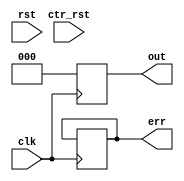
/* $Author: karu $ */
/* $LastChangedDate: 2009-03-04 23:09:45 -0600 (Wed, 04 Mar 2009) $ */
/* $Rev: 45 $ */

module sc( clk, rst, ctr_rst, out, err);

   input clk;
   input rst;
   input ctr_rst;
   output [2:0] out;
   output err;

   // your code
   
   reg [2:0] out;
   reg err;
    
    assign ctr_rst = 1'b1;
    
    always @(posedge clk)
    begin
        case(ctr_rst)
            1'b0:
                begin
                    case({out[2], out[1], out[0]})
                        3'b0_0_0:
                            begin
                                out[0] = 1'b1;
                            end
                        3'b0_0_1:
                            begin
                                out[0] = 1'b0;
                                out[1] = 1'b1;
                            end
                        3'b0_1_0:
                            begin
                                out[0] = 1'b1;
                                out[1] = 1'b1;
                            end
                        3'b0_1_1:
                            begin
                                out[0] = 1'b0;
                                out[1] = 1'b0;
                                out[2] = 1'b1;
                            end
                        3'b1_0_0:
                            begin
                                out[0] = 1'b1;
                                out[2] = 1'b1;
                            end
                        3'b1_0_1:
                            begin
                                out[0] = 1'b1;
                                out[2] = 1'b1;
                            end
                        default:
                            begin
                                err = 1'b1;
                            end
                    endcase
                end
            1'b1:
                begin
                    out[0] = 1'b0;
                    out[1] = 1'b0;
                    out[2] = 1'b0;
                end
            default:
                begin
                    err = 1'b1;
                end
        endcase
    end
    
endmodule

// DUMMY LINE FOR REV CONTROL :1: